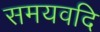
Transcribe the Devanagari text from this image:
समयवदि